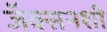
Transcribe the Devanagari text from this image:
जॅक्सनशी